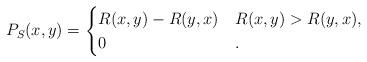
LaTeX: \begin{align*}P_{S_{}}(x,y)=\begin{cases}R(x,y)-R(y,x) & R(x,y)>R(y,x),\\0 & .\end{cases}\end{align*}